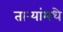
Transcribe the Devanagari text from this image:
तार्‍यांमधे